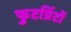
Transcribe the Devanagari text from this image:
फुटप्रिंटों